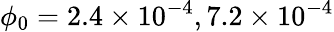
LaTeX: \phi_{0}=2.4\times 10^{-4},7.2\times 10^{-4}